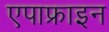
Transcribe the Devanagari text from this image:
एपाफ्राइन